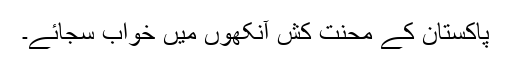
پاکستان کے محنت کش آنکھوں میں خواب سجائے۔